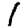
Digit: 1